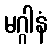
မဂ္ဂါနံ